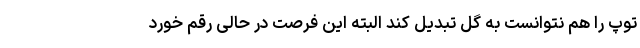
توپ را هم نتوانست به گل تبدیل کند البته این فرصت در حالی رقم خورد